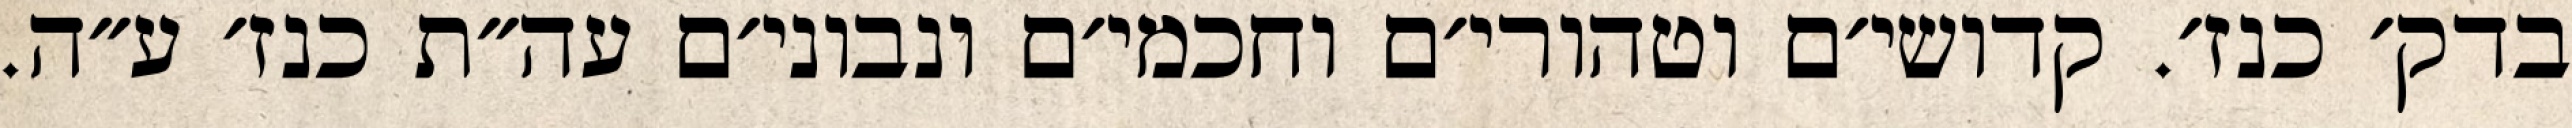
בדק׳ כנז׳. קדושי׳ם וטהורי׳ם וחכמי׳ם ונבוני׳ם עה״ת כנז׳ ע״ה.